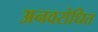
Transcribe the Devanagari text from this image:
अनवरोधित